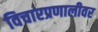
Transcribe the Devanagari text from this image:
विचारप्रणालीवर